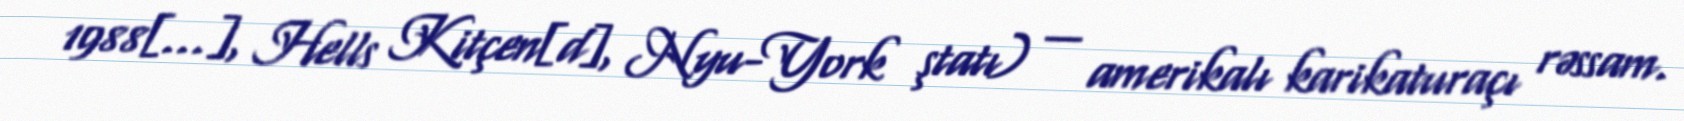
1988[…], Hells Kitçen[d], Nyu-York ştatı) — amerikalı karikaturaçı rəssam.